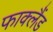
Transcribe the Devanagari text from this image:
फाक्लैंड